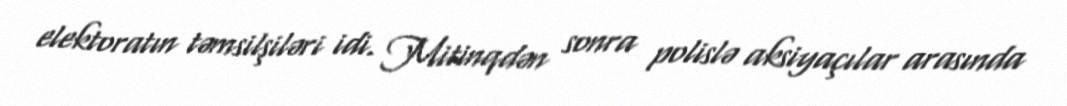
elektoratın təmsilşiləri idi. Mitinqdən sonra polislə aksiyaçılar arasında